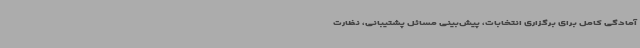
آمادگی کامل برای برگزاری انتخابات، پیش‌بینی مسائل پشتیبانی، نظارت